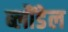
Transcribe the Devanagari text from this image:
ब्लौंडेल